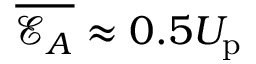
\overline { { \mathcal { E } _ { A } } } \approx 0 . 5 U _ { \mathrm { p } }